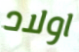
اولاد